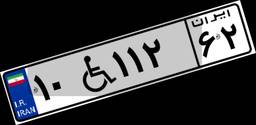
۱۰W۱۱۲۶۲